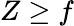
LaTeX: Z\geq f